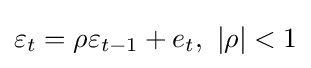
\varepsilon _{t}=\rho \varepsilon _{t-1}+e_{t},\ |\rho |<1